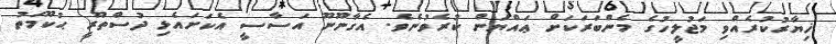
ޚިޔާރުކުރެއްވި މަޖުލީހުގެ މެންބަރަކަށް ޢައްޔަން ކުރެވުނެވެ. އެގާނޫނޫ އަސާސީ އެކަށައެޅި ދުސްތޫރީ ޙުކޫމަތު